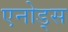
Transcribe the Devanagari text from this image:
एनोड्स